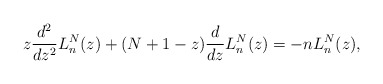
\begin{gather*} z\frac{d^{2}}{dz^{2}}L_{n}^{N}(z) + ( N+1-z ) \frac{d}{dz}L_{n}^{N}(z) =-nL_{n}^{N}(z) ,\end{gather*}